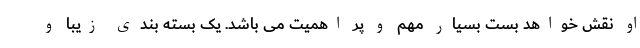
او نقش خواهد بست بسیار مهم و پر اهمیت می باشد. یک بسته بندی زیبا و